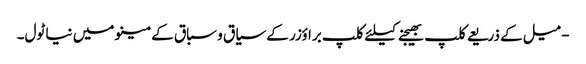
- میل کے ذریعے کلپ بھیجنے کیلئے کلپ براؤزر کے سیاق و سباق کے مینو میں نیا ٹول۔